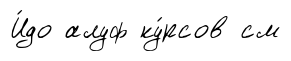
И́до алуф ку́рсов см